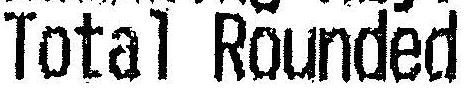
TOTAL ROUNDED